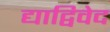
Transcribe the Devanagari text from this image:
द्याद्विवेद